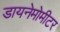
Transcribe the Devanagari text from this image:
डायनेमोमीटर